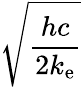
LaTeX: \sqrt{\frac{hc}{2k_{\mathrm{e}}}}